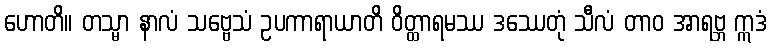
ဟောတိ။ တသ္မာ နာလံ သဗ္ဗေသံ ဥပကာရာယာတိ ဝိတ္ထာရမဿ ဒဿေတုံ သီလံ တာဝ အာရဗ္ဘ ဣဒံ